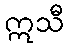
ဣသီ